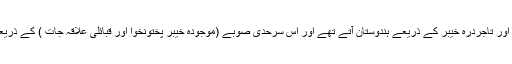
اس کے بعد افغان،ترک،منگول اور عرب حکمران اور تاجردرہ خیبر کے ذریعے ہندوستان آتے تھے اور اس سرحدی صوبے (موجودہ خیبر پختونخوا اور قبائلی علاقہ جات ) کے ذریعے پورے ہندوستان میں اسلام تیزی سے پھیلتا گیا۔